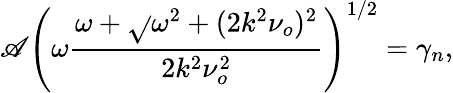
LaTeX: \mathscr{A}\left(\omega\frac{{\omega+\sqrt{}{{\omega^{2}+(2k^{2}\nu_{o})^{2}}}}}{{2k^{2}\nu_{o}^{2}}}\right)^{1/2}=\gamma_{n},